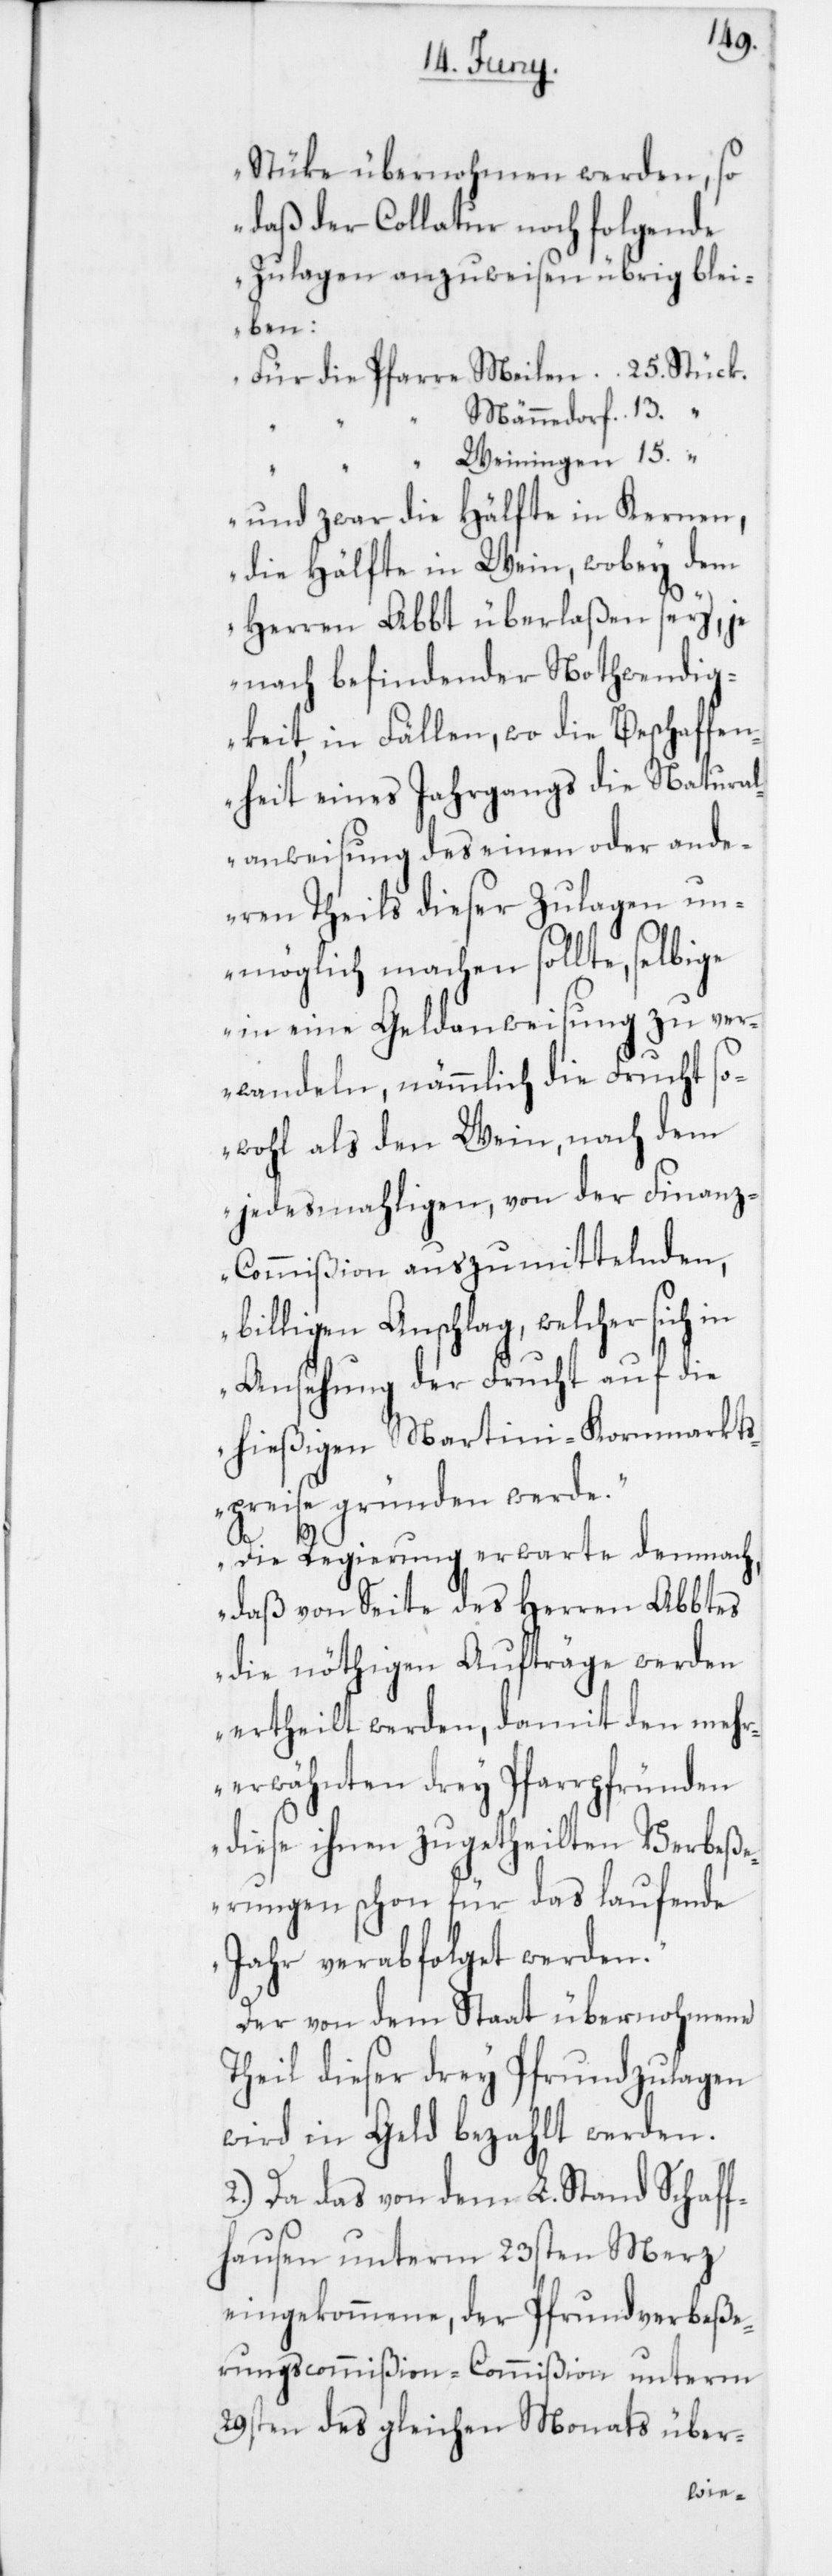
Stüke übernohmen werden, so
daß der Collatur noch folgende
Zulagen anzuweisen übrig blei¬
ben:
Für die Pfarre Meilen	25. Stück.
Männedorf	13. “
Weiningen	15. “
und zwar die Hälfte in Kernen,
die Hälfte in Wein, wobey dem
Herren Abbt überlaßen sey,
nach befindender Nothwendig¬
keit, in Fällen, wo die Beschaffen¬
heit eines Jahrgangs die Natural¬
anweisung des einen oder ande¬
ren Theils dieser Zulagen un¬
möglich machen sollte, selbige
in eine Geldanweisung zu ver¬
wandeln, nämmlich die Frucht so¬
wohl als den Wein, nach dem
jedesmahligen, von der Finan¬
scommißion unterm 29sten des
billigen Anschlag, welcher sich in
Ansehung der Frucht auf die
hießigen Martini-Kornmarkt¬
spreise gründen werde.
Die Regierung erwarte demnach,
daß von Seite des Herren Abbtes
die nöthigen Aufträge werden
ertheilt werden, damit den mehr¬
erwähnten drey Pfarrpfründen
diese ihnen zugetheilten Verbeß¬
erungen schon für das laufende
Jahr verabfolget werden.“
Der von dem Staat übernohmene
Theil dieser drey Pfrundzulagen
wird in Geld bezahlt werden.
2. Da das von dem L. Stand Schaff¬
hausen unterm 23sten Merz
eingekommene, der Pfrundverbeße¬
rung¬